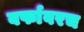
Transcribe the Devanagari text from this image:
बर्फावरच